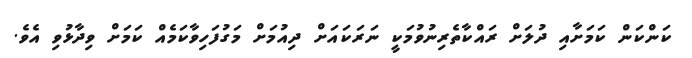
ކަންކަން ކަމަށާއި ދުލަށް ރައްކާތެރިނުވުމަކީ ނަރަކައަށް ދިއުމަށް މަގުފަހިވާކަމެއް ކަމަށް ވިދާޅުވި އެވެ.